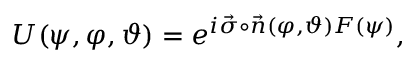
U ( \psi , \varphi , \vartheta ) = e ^ { i \vec { \sigma } \circ \vec { n } ( \varphi , \vartheta ) F ( \psi ) } ,